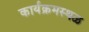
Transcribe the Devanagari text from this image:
कार्यक्रमस्थळ